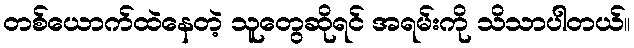
တစ်ယောက်ထဲနေတဲ့ သူတွေဆိုရင် အရမ်းကို သိသာပါတယ်။